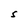
Character: S